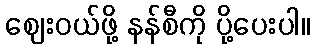
ဈေးဝယ်ဖို့ နန်စီကို ပို့ပေးပါ။